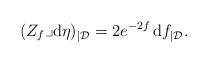
LaTeX: \begin{align*} (Z _f \lrcorner {\rm d} \eta)_{|\mathcal{D}}= 2 e ^{- 2f} \, {\rm d} f _{|\mathcal{D}}. \end{align*}